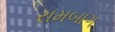
રામબાગ